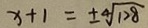
x + 1 = \pm 4 \sqrt { 1 2 8 }